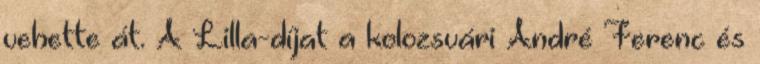
vehette át. A Lilla-díjat a kolozsvári André Ferenc és